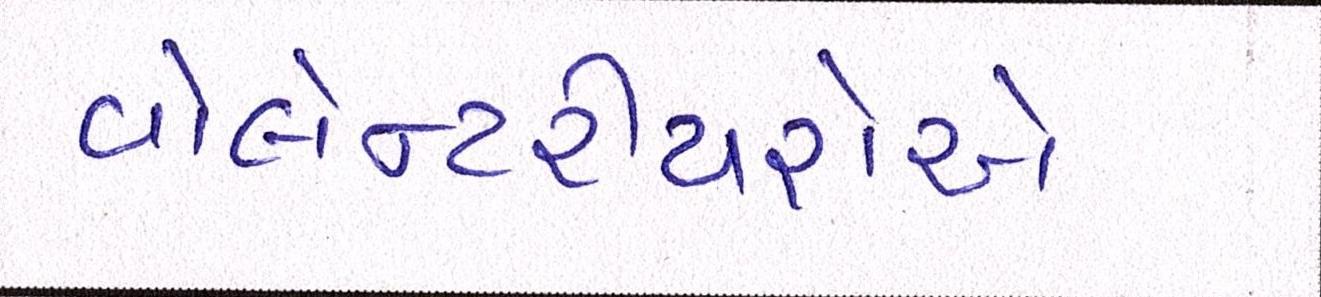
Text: વોલેન્ટરીયરોએ